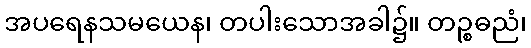
အပရေနသမယေန၊ တပါးသောအခါ၌။ တဉ္စဓညံ၊